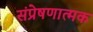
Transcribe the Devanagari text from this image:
संप्रेषणात्मक